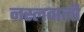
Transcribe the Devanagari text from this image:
नस्लवाली